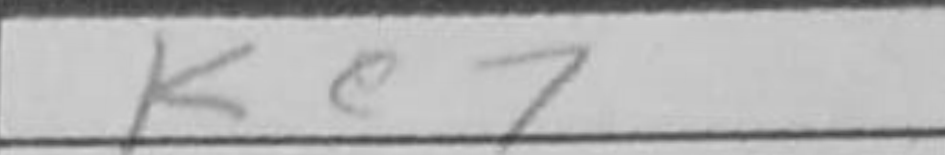
Transcription: Ke7